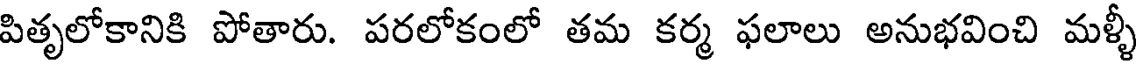
పితృలోకానికి పోతారు. పరలోకంలో తమ కర్మ ఫలాలు అనుభవించి మళ్ళీ